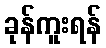
ခုန်ကူးရန်